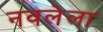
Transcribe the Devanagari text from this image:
नवलेला